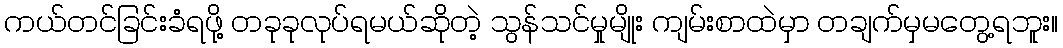
ကယ်တင်ခြင်းခံရဖို့ တခုခုလုပ်ရမယ်ဆိုတဲ့ သွန်သင်မှုမျိုး ကျမ်းစာထဲမှာ တချက်မှမတွေ့ရဘူး။